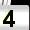
Digit: 4